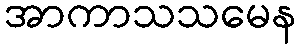
အာကာသသမေန